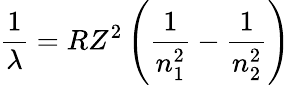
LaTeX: {\frac{1}{\lambda}}=RZ^{2}\left({\frac{1}{n_{1}^{2}}}-{\frac{1}{n_{2}^{2}}}\right)